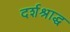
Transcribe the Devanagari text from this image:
दर्शश्राद्ध